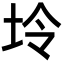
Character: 坽